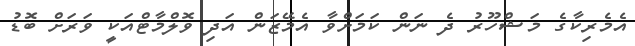
އެމެރިކާގެ މަޝްހޫރު ދެ ނަން ކަމަށްވާ އެމޭޒަން އަދި ވޮލްމާޓްއަކީ ވަރަށް ބޮޑު